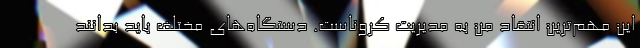
این مهم‌ترین انتقاد من به مدیریت کروناست. دستگاه‌های مختلف باید بدانند